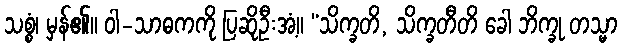
သစ္စံ၊ မှန်၏။ ဝါ-သာဓကကို ပြဆိုဦးအံ့။ “သိက္ခတိ, သိက္ခတီတိ ခေါ ဘိက္ခု တသ္မာ